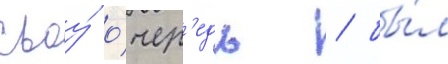
своу́ о́чер'едь / бы́л